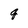
Character: q